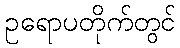
ဥရောပတိုက်တွင်